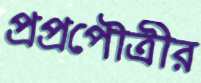
প্রপ্রপৌত্রীর